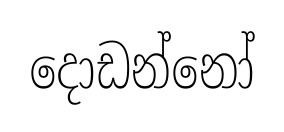
දොඩන්නෝ